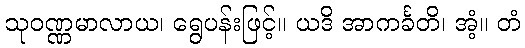
သုဝဏ္ဏမာလာယ၊ ရွေပန်းဖြင့်။ ယဒိ အာကင်္ခတိ၊ အံ့။ တံ